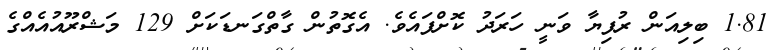
1.81 ބިލިއަން ރުފިޔާ ވަނީ ހަރަދު ކޮށްފައެވެ. އެގޮތުން ގާތްގަނޑަކަށް 129 މަޝްރޫއުއެއްގެ